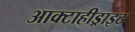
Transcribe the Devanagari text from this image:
आक्टाहीड्राइट